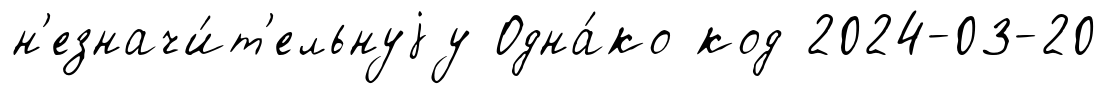
н'езначи́т'ельнуjу Одна́ко код 2024-03-20